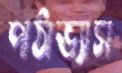
পাঠাভ্যাস